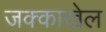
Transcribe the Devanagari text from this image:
जक्काखेल